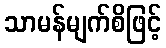
သာမန်မျက်စိဖြင့်